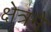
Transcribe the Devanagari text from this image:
क्षेत्रमै